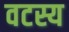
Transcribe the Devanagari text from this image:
वटस्य